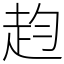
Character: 赹